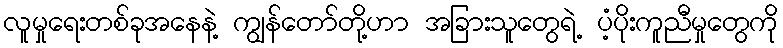
လူမှုရေးတစ်ခုအနေနဲ့ ကျွန်တော်တို့ဟာ အခြားသူတွေရဲ့ ပံ့ပိုးကူညီမှုတွေကို